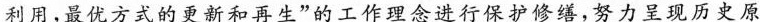
利用，最优方式的更新和再生”的工作理念进行保护修缮，努力呈现历史原